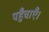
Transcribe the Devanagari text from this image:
पहुँचाएँ।